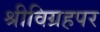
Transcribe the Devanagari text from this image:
श्रीविग्रहपर